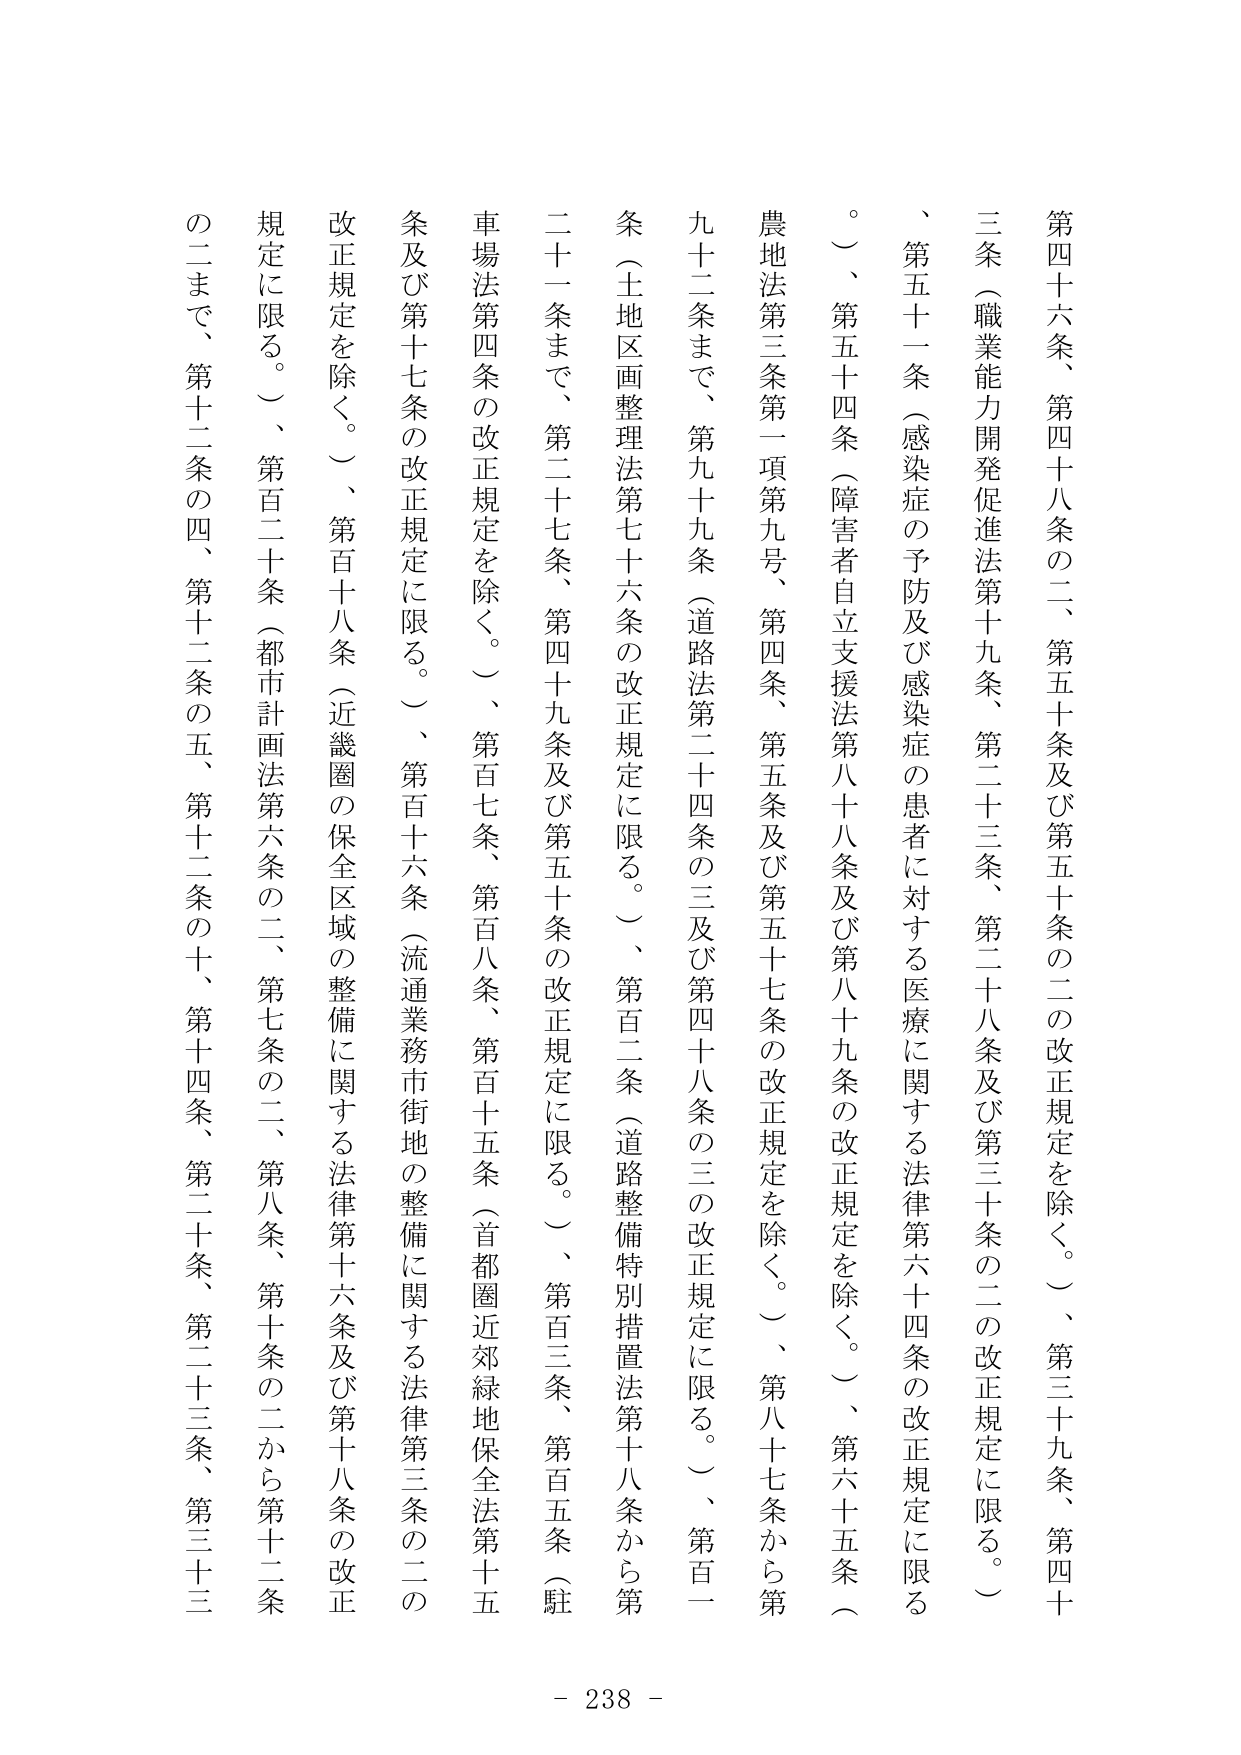
第四十六条、第四十八条の二、第五十条及び第五十条の二の改正規定を除く。）、第三十九条、第四十条、第五十一条（感染症の予防及び感染症の患者に対する医療に関する法律第六十四条の改正規定に限る。）、第五十四条（障害者自立支援法第八十八条及び第八十九条の改正規定を除く。）、第六十五条（農地法第三条第一項第九号、第四条、第五条及び第五十七条の改正規定を除く。）、第八十七条から第九十二条まで、第九十九条（道路法第二十四条の三及び第四十八条の三の改正規定に限る。）、第一百条（土地区画整理法第七十六条の改正規定に限る。）、第一百二条（道路整備特別措置法第十八条から第二十一条まで、第二十七条、第四十九条及び第五十条の改正規定に限る。）、第一百三条、第一百五条（駐車場法第四条の改正規定を除く。）、第一百七条、第一百八条、第一百十五条（首都圏近郊緑地保全法第十五条及び第十七条の改正規定に限る。）、第一百十六条（流通業務市街地の整備に関する法律第三条の二の改正規定を除く。）、第一百十八条（近畿圏の保全区域の整備に関する法律第十六条及び第十八条の改正規定に限る。）、第百二十条（都市計画法第六条の二、第七条の二、第八条、第十条の二から第十二条の二まで、第十二条の四、第十二条の五、第十二条の十、第十四条、第二十条、第二十三条、第三十三条